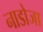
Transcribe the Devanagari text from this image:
नाडोजा